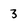
Character: 3